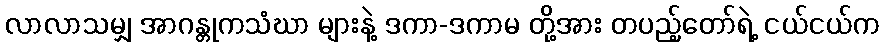
လာလာသမျှ အာဂန္တုကသံဃာ များနဲ့ ဒကာ-ဒကာမ တို့အား တပည့်တော်ရဲ့ ငယ်ငယ်က